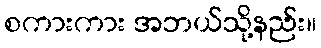
စကားကား အဘယ်သို့နည်း။